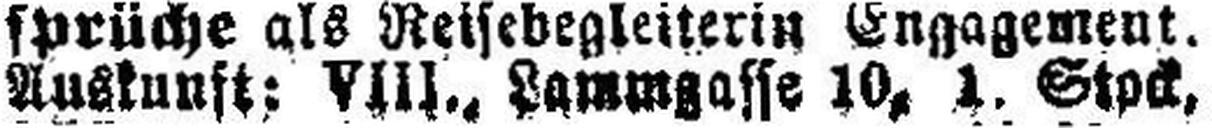
Auskunft: VIII., Lammgasse 10, 1. Stock,